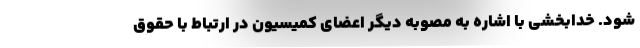
شود. خدابخشی با اشاره به مصوبه دیگر اعضای کمیسیون در ارتباط با حقوق